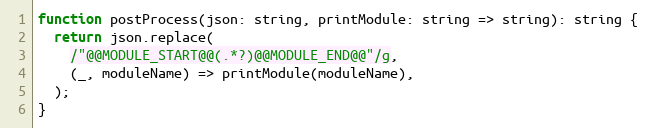
Language: JavaScript
function postProcess(json: string, printModule: string => string): string {
  return json.replace(
    /"@@MODULE_START@@(.*?)@@MODULE_END@@"/g,
    (_, moduleName) => printModule(moduleName),
  );
}